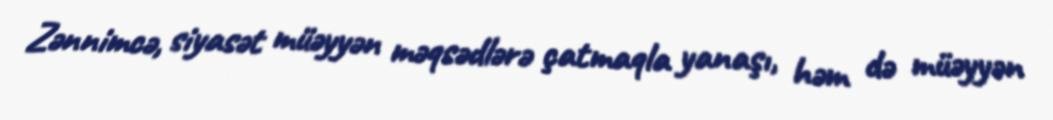
Zənnimcə, siyasət müəyyən məqsədlərə çatmaqla yanaşı, həm də müəyyən